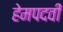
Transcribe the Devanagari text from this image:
हेमपदवीं